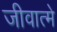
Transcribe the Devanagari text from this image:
जीवात्मे